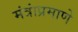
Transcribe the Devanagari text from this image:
मंत्रांप्रमाणे